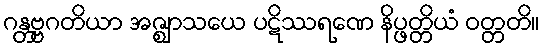
ဂန္တဗ္ဗဂတိယာ အဇ္ဈာသယေ ပဋိဿရဏေ နိပ္ဖတ္တိယံ ဝတ္တတိ။